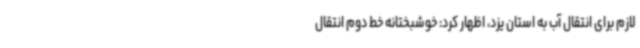
لازم برای انتقال آب به استان یزد، اظهار کرد: خوشبختانه خط دوم انتقال